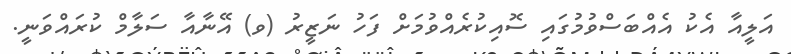
އަލީއާ އެކު އެއްބަސްވުމުގައި ސޮއިކުރެއްވުމަށް ފަހު ނަޒީރު (ވ) އޭނާއާ ސަލާމް ކުރައްވަނީ.